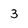
Character: 3